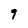
Character: 9